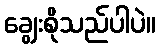
ချွေးစိုသည်ပါပဲ။